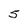
Character: 5